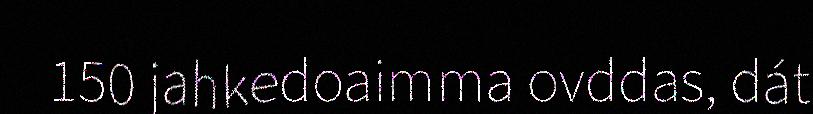
150 jahkedoaimma ovddas, dát